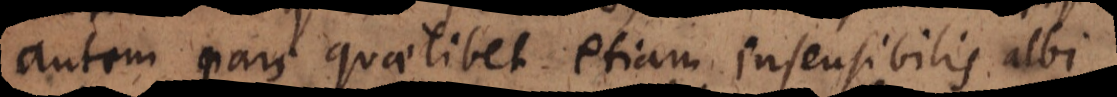
autem pars quaelibet etiam insensibilis albi